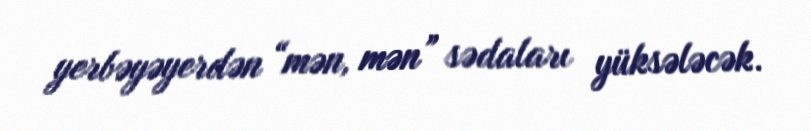
yerbəyəyerdən “mən, mən” sədaları yüksələcək.